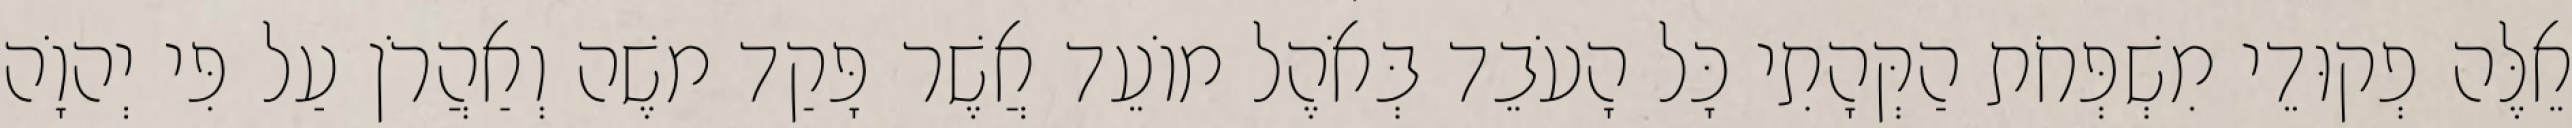
אֵלֶּה פְקוּדֵי מִשְׁפְּחֹת הַקְּהָתִי כָּל הָעֹבֵד בְּאֹהֶל מוֹעֵד אֲשֶׁר פָּקַד משֶׁה וְאַהֲרֹן עַל פִּי יְהוָֹה